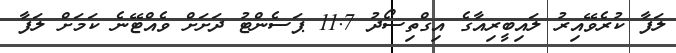
ލަފާ ކުރެވޭއިރު ލައިބީރިއާގެ އިގްތިސޯދު 11.7 ޕަސެންޓު ދަށަށް ވެއްޓޭނެ ކަމަށް ލަފާ